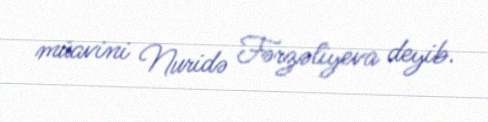
müavini Nuridə Fərzəliyeva deyib.